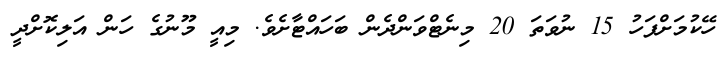
ހޭކުމަށްފަހު 15 ނުވަތަ 20 މިނެޓްވަންދެން ބަހައްޓާށެވެ. މިއީ މޫނުގެ ހަން އަލިކޮށްދީ